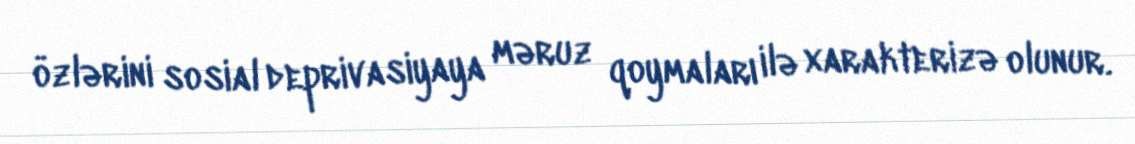
özlərini sosial deprivasiyaya məruz qoymaları ilə xarakterizə olunur.